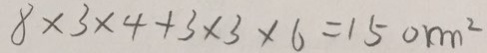
8 \times 3 \times 4 + 3 \times 3 \times 6 = 1 5 0 m ^ { 2 }